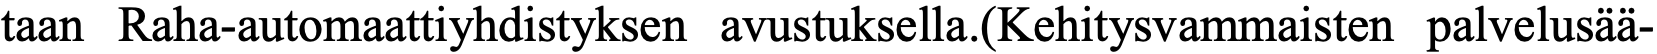
taan Raha-automaattiyhdistyksen avustuksella.(Kehitysvammaisten palvelusää-